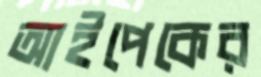
আইপেকের